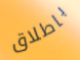
باطلاق